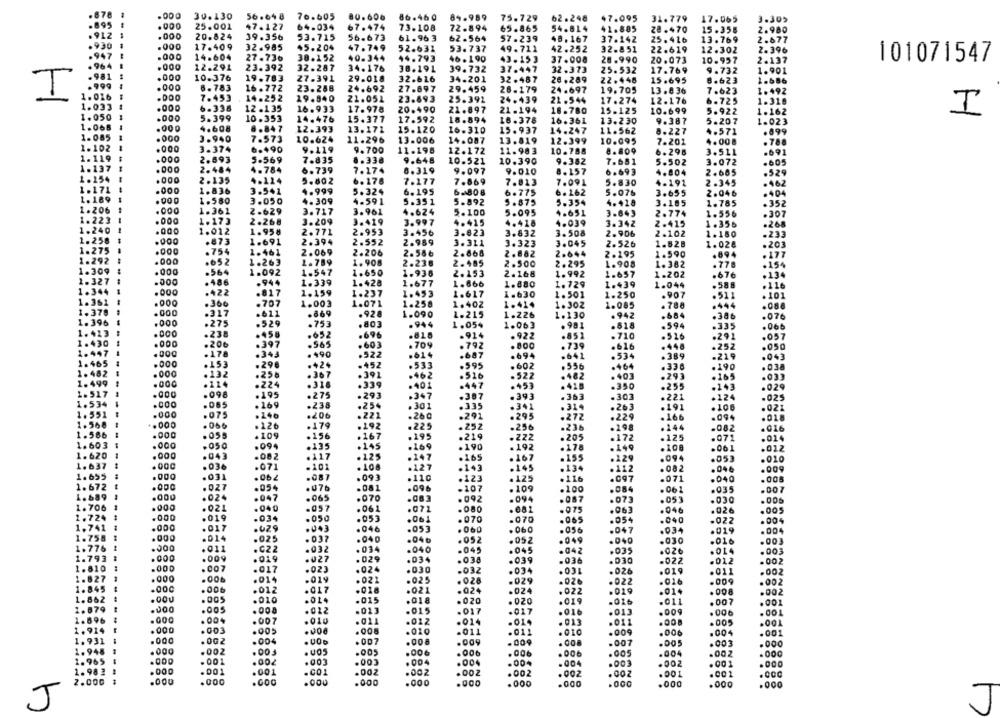
78
.000
30.130
56.04 8
76.605
80.606
86.460
84.989
75.729
62.248
47.095
31.779
17.065
3.30>
.000
25.001
47.127
64.034
67.474
73.108
72.894
65.865
54.814
41.805
28 .470
15.358
2.980
.000
20.824
39.356
53.715
56.673
. 91
61.96 3
62.564
57.239
48. 167
37.142
25.416
13.769
2.677
.930
.000
17.409
32.985
45.204
47.749
52.631
53.737
49. 711
42.252
32.851
22.619
12.302
2.396
.947
.000
14.604
27.736
38.152
40.344
44.793
46.190
43.153
26.990
.000
37.008
20.073
10.957
2.137
101071547
12.291
23.392
32.287
34.176
38.191
39.732
37.447
32.373
25.532
17.769
9.732
1.901
.981
.000
10.376
19.783
27.391
29.018
32.616
34.201
32.487
26.289
22.446
.999
. 000
6.783
16.772
23.288
24.692
29.459
15.695
8.623
1.686
27.697
26.179
24.697
19.705
13.836
7.623
1.492
T
1.016
7.453
14.252
19.840
21.051
23.693
25.391
24.439
21.544
17.274
12.176
6.725
1.318
1.033
.000
6.338
12.135
17.978
20.490
21.897
1. 050
16.933
21 -194
16.780
15.125
10.699
5.922
1.162
.000
5.399
10.353
14.476
15.377
17.592
18.894
16.378
16.361
13.230
9.387
5.207
1.023
1.066
.000
4.608
6.847
12.393
13.171
15.120
16.310
15.937
14.247
11.562
4.571
1.085
.000
3.940
8.227
.899
7.573
10.624
11.296
13.006
14.087
13.819
12.399
10.095
7.201
4.008
. 788
1.102
.000
3.374
6.490
9.119
9.700
11.198
12.172
11.983
10.788
8.809
6.298
3.511
.691
1.119
.000
2.693
5.569
7.835
8. 338
9.648
10.521
10.390
9.382
7.681
5.502
3.072
.605
1.137
.000
2.484
4.784
6.739
7.174
6.319
9.097
9.010
8.157
6.693
4.804
2.665
.529
1. 154
.000
2.135
4.114
5.802
6.176
7.177
1.171
7.869
7.813
7.091
5.830
4.192
2.345
. 462
.000
1.836
3.541
4.999
5.324
6.195
6.808
6.775
6. 162
5.076
3.655
2.046
.404
L. 189
1.580
3.050
4.309
4.591
5.351
5.892
1.206
.000
5.875
5.354
4.428
3.185
1.785
.352
1.361
2.629
3.717
3.961
4.624
5.100
5.095
4.651
3.643
2.774
1.556
.307
.000
1.173
2.268
3.209
3.419
3.997
4.415
4.418
4.039
3.342
2.415
1.356
.268
1.2
.000
1.012
1.958
2.771
2.953
3.456
3.623
3.832
3.508
2.906
2.102
1.150
.233
.000
.873
1.691
2.394
2.552
2.989
3.311
3.323
3.045
2.526
1.828
1.028
.203
1.
.000
.754
1.461
2.069
2.206
2.868
2.882
1.29.
2.586
2.644
2.195
1.590
.894
.177
.000
.652
1.263
1.789
1. 908
2.236
2.485
2.500
2.295
1.908
1. 382
.778
.154
1.309
.000
.564
1.092
1.547
1.650
1.936
2.153
2.168
1.992
.134
1.657
1.202
.676
.000
.486
.944
1.339
1.428
1.677
1.666
1.880
1.729
1.439
1.044
.588
.116
1.
.000
.422
.817
1.159
1.237
1.453
1.617
1.630
1.501
1.250
.907
.511
.101
1.36
.000
.360
.707
1.003
1.071
1.258
1.402
1.414
1.302
1.085
. 780
.444
.088
1. 37
.000
.317
.611
.869
.92
1.090
1.215
1.226
1.130
. 942
.684
.386
.076
1.396
.000
.275
.529
.753
.803
1.
.944
1.054
1.063
. 981
.518
.594
.335
.066
.238
.458
.652
.696
.818
.924
.922
.851
. 710
.526
.291
.057
.206
.397
.565
.603
.709
.792
.800
.739
.616
.448
.252
.050
.000
.178
.343
. 490
.522
.614
.687
.694
.641
.534
.389
-219
.043
1.46
.000
.153
.296
.429
.452
.533
.995
.602
.556
.464
.336
.190
. 038
1.40
.000
.132
.256
.367
.391
.462
1. 499
.516
.522
.482
.403
.293
.165
. 124
.224
.318
.339
.401
.447
.953
.420
.350
.255
.143
.029
1. 5
.000
.098
.195
.275
.293
.347
.387
. 363
.393
.307
.221
.124
.025
1.534
.085
.269
.238
.25.
.301
.335
.341
. 263
.191
. 106
.021
1.551
.000
.075
.146
.206
.221
.260
.292
.295
.272
.229
.166
.094
.018
1.568
.000
.066
.179
.126
.192
.225
.252
.256
.236
.198
.144
.082
1.586
.000
.055
. 109
.156
.167
.195
.219
. 222
.205
.172
.125
.071
.014
1.603
.000
.050
.094
.135
.145
.169
.190
. 192
. 178
.149
.108
.061
.017
L. 620
.000
.043
.082
.117
.125
.147
.165
. 167
.155
.129
.094
.053
.010
. 637
.000
.036
.071
-101
.108
.127
.143
.145
. 134
.009
.112
.082
.046
. 031
.087
.093
.110
.123
. 125
.116
. 097
.071
.040
.005
.027
.054
.076
.081
.096
-107
.109
.100
.084
.061
.035
.007
.047
.065
.024
-070
.083
.092
.094
.087
.073
.053
.030
706
.000
.021
.040
.061
.072
.080
.081
.075
.06
.046
.026
.005
. 000
.019
.034
.050
.053
.724
.061
.070
.070
.065
.054
.040
.022
.004
1.74
.000
.017
.629
.043
.046
.053
. 060
. 060
.056
.047
.034
.019
1.755
.000
.014
.025
. 037
.040
.04₺
.052
.052
. 049
.040
.030
77
.016
.00
. 011
.C22
.032
.034
.040
.045
.045
. 042
.039
.026
.014
.003
1.793
.000
.009
. 019
.027
. 029
.034
.038
.039
.036
.030
-022
.012
.002
1.81
.007
.017
.023
.024
.030
.032
.034
.031
.026
.019
.011
.002
.000
.00₺
.014
.019
.021
.025
. 028
.029
.022
.016
.009
.002
1.84
.00C
.012
.017
.018
.021
. 024
.024
.022
.019
.01.
. 008
.002
1.862
.000
.005
.010
.015
.018
.020
.020
.019
.016
.011
.007
.001
1. 879
.000
.005
.008
.012
.013
.015
. 017
.017
.016
.013
.DO
. 006
1.596
.000
.004
.007
.010
.011
.012
.014
.01.
. 013
.011
.00
.00
.001
1.914
.000
.003
.005
. 008
.010
.011
.011
.010
.009
.006
.004
.001
1.931
.000
.0G2
.004
.007
.008
.009
. 009
. 008
.007
.005
.003
.000
1.948
.000
.002
. U05
.005
.006
.006
.006
. 006
.005
.002
.000
1.965
. 001
.002
.003
.004
.004
.004
.004
.003
. 001
.000
1.98 3
.000
. 001
.001
. CO1
.002
.002
.002
. 002
.002
.002
.00 1
.CCC
2.000
.000
.000
.GOO
.000
.000
.000
.000
.000
.000
.000
.000
.000
J
J